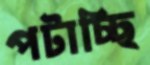
পটাচ্ছি